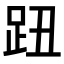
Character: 𧿔